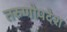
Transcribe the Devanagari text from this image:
तरुणोपदेश